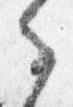
之